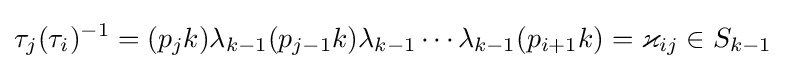
\tau _{j}(\tau _{i})^{-1}=(p_{j}k)\lambda _{k-1}(p_{j-1}k)\lambda _{k-1}\cdots \lambda _{k-1}(p_{i+1}k)=\varkappa _{ij}\in S_{k-1}